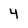
Character: 4